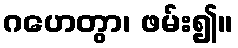
ဂဟေတွာ၊ ဖမ်း၍။